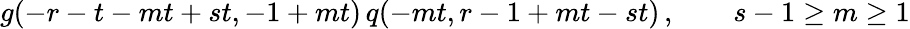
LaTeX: g(-r-t-mt+st,-1+mt)\, q(-mt,r-1+mt-st)\, ,\qquad s-1\geq m\geq 1